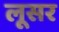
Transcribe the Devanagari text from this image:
लूसर